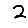
Digit: 2